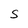
Character: S